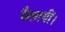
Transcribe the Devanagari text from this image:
फैलायीं।